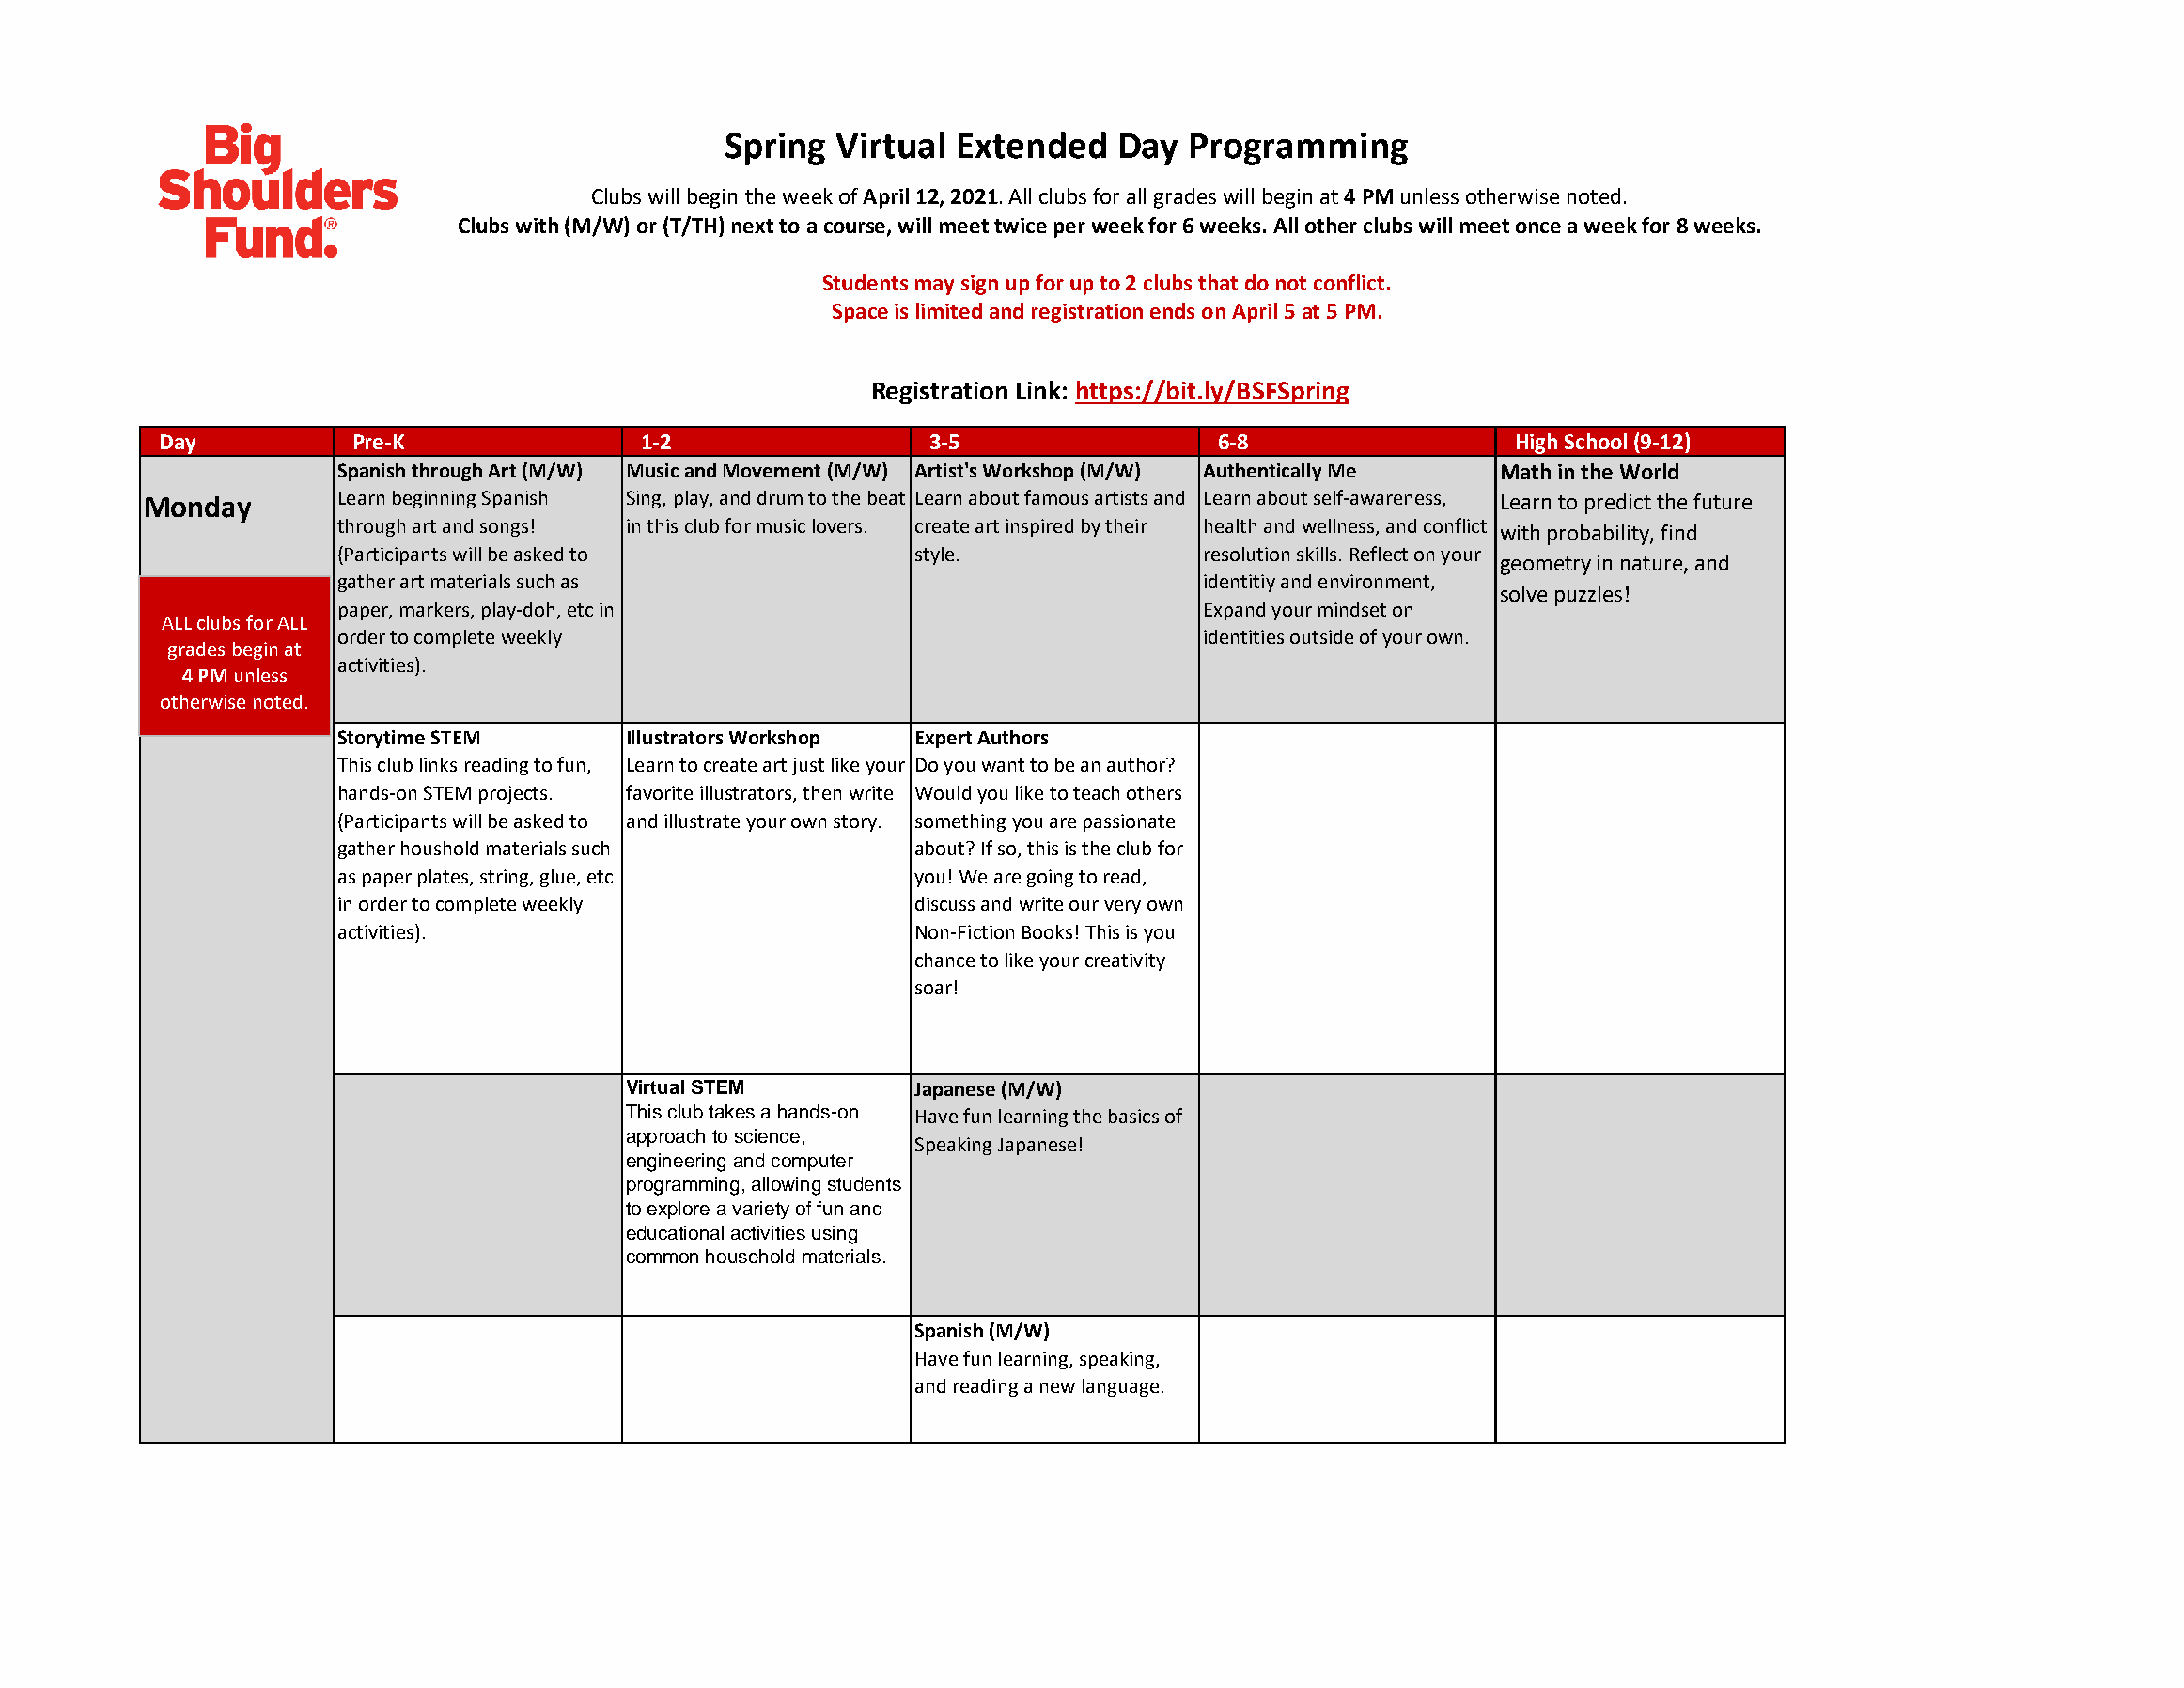
Spring  Virtual Extended    Day  Programming
 Clubs will begin the week of April12, 2021. All clubs for all grades will begin at 4 PM unless otherwise noted.
 Clubs with (M/W) or (T/TH) next to a course, will meet twice per week for 6 weeks. All other clubs will meet once a week for 8 weeks.
 Students may sign up for up to 2 clubs that do not conflict.
 Space is limited and registration ends on April 5 at 5 PM.
 Registration Link: https://bit.ly/BSFSpring
 Day           Pre-K               1-2                 3-5                  6-8                  High School (9-12)
 Spanish through Art (M/W) Music and Movement (M/W) Artist's Workshop (M/W) Authentically Me Math in the World
 Monday        L e a r n b e g i n n i n g S p a n is h S in g , p la y , a n d d r u m t o t h e b e a t L e a r n a b o u t f a m o u s a r t i s t s a n d L e a r n a b o u t s e l f - a w a r e n e s s , L e a r n t o p r e d ic t t h e f u t u r e
 through art and songs! in this club for music lovers. create art inspired by their health and wellness, and conflict with probability, find
 (Participants will be asked to          style.               resolution skills. Reflect on your
 geometry in nature, and
 gather art materials such as                                 identitiy and environment,
 solve puzzles!
 paper, markers, play-doh, etc in                             Expand your mindset on
 ALL clubs forALL
 order to complete weekly                                     identities outside of your own.
 grades begin at
 activities).
 4 PM unless
 otherwise noted.
 Storytime STEM      Illustrators Workshop Expert Authors
 This club links reading to fun, Learn to create art just like your Do you want to be an author?
 hands-on STEM projects. favorite illustrators, then write Would you like to teach others
 (Participants will be asked to and illustrate your own story. something you are passionate
 gather houshold materials such          about? If so, this is the club for
 as paper plates, string, glue, etc      you! We are going to read,
 in order to complete weekly             discuss and write our very own
 activities).                            Non-Fiction Books! This is you
 chance to like your creativity
 soar!
 Virtual STEM        Japanese (M/W)
 This club takes a hands-on Have fun learning the basics of
 approach to science,
 Speaking Japanese!
 engineering and computer
 programming, allowing students
 to explore a variety of fun and
 educational activities using
 common household materials.
 Spanish (M/W)
 Have fun learning, speaking,
 and reading a new language.